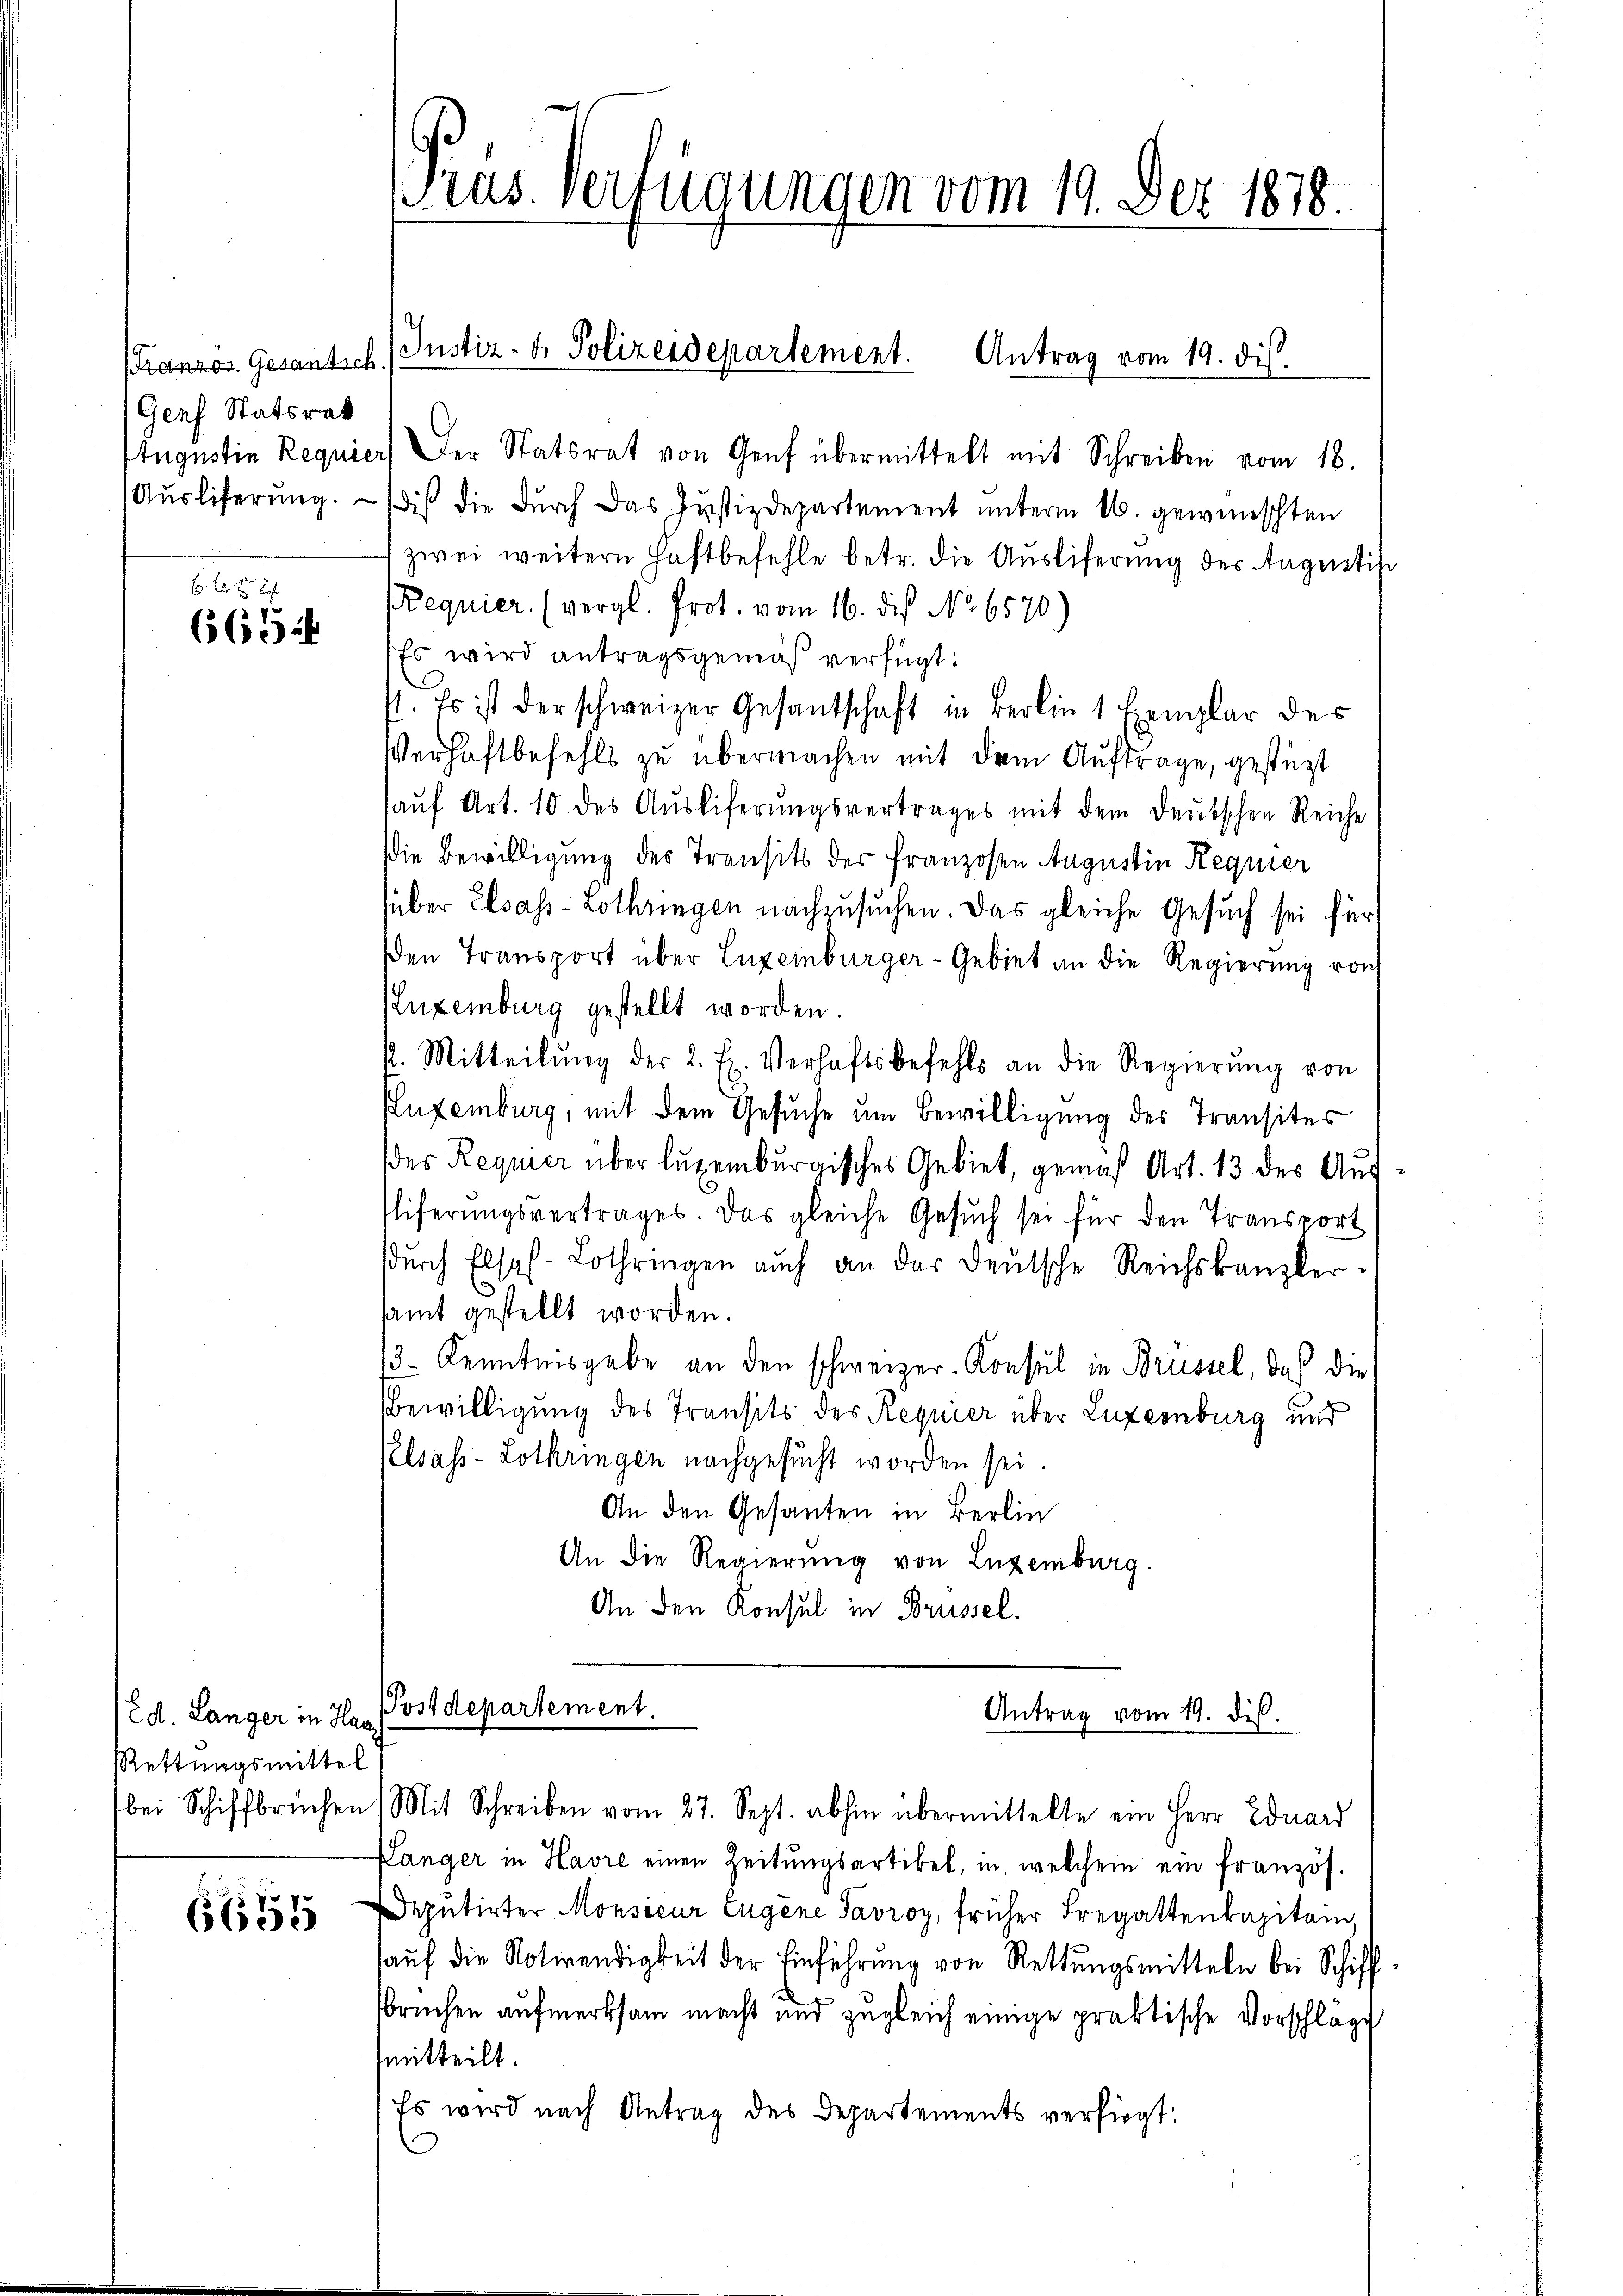
(Französ. Gesantsch.
(Genf Statsrath

6 f 0 x
6654

(Ed. Länger in Har
Rettungsmittel

6655

Etugustin Requier) der Statsrat von Genf übermittelt mit Schreiben vom 18.
Ausliferung.  (dis die durch das Justizdepartement unterm 16. gewünschten
zwei weitern Haftbefehle betr. die Ausliferung des Augentisc
Requier. (vergl. Prot. vom 16. des No. 6570)
Es wird antragsgemäß verfügt:
st. Es ist der schweizer Gesandschaft in Berlin 1 Exemplar des
Verhaftbefehls zu übermachen mit dem Auftrage, gestüzt
aŭf Art. 10 des Aŭsliferungsvertrages mit dem deutschen Reiche
die Bewilligung des Transits der Franzosen Augustin Requier
(über Elsass-Lothringen nachzusuchen. Das gleiche Gesuch sei für
Den Transport über Luxenburger-Gebiet an die Regierung roch
Luxenburg gestellt worden.
k. Mitteilŭng der 2. E. Verhaftsbefehls an die Regierŭng von
Kuzemburg, mit dem Gesuche um Bewilligung des Transites
des Requier über luxenburgisches Gebiet, gemäß Art. 13 des Auf¬
Eliferungsvertrages. Das gleiche Gesŭch sei für den Transport
sdurch Elsas-Lothringen auch an der deutsche Reichskanzler-
samt gestellt worden.
3 Kenntnisgabe an den schweizer-Konsul in Brüssel, daß die
Bewilligung des Transits des Requier über Luxemburg und
Pelsass-Lothringen nachgesucht worden sei.
An den Gesanten in Berlin
An die Regierung von Luzemburg.
An den Konsul in Brüssel.

tus. Verfügungen vom 19. Dez. 1878.

Justiz- & Polizeidepartement. Antrag vom 19. dis.

Postdepartement.
Antrag vom 19. dis.

bei Schiffbrüchen (Mit Schreiben vom 27. Sept. abhin übermittelte ein Herr Eduard
Langer in Havre einen Zeitungsartikel, in welchem ein französ.
Deputirter Monsieur Eugene Tavroy, früher Fregattenkapitain,
auf die Notwendigkeit der Einführung von Rettungsmitteln bei Schiffbruchen aufmerksam macht und zugleich einige praktische Vorschläge
mmitteilt.
Es wird nach Antrag des Departements verfügt: